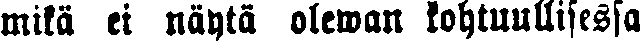
mikä ei näytä olewan kohtuullisessa